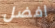
افضل